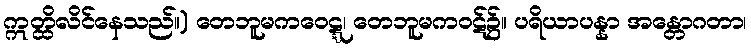
ဣတ္ထိလိင်နေသည်။) တေဘူမကဝေဋ္ဋ၊ တေဘူမကဝဋ်၌။ ပရိယာပန္နာ အန္တောဂတာ၊